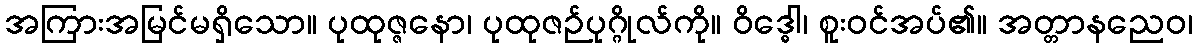
အကြားအမြင်မရှိသော။ ပုထုဇ္ဇနော၊ ပုထုဇဉ်ပုဂ္ဂိုလ်ကို။ ဝိဒ္ဓေါ၊ စူးဝင်အပ်၏။ အတ္တာနညေဝ၊